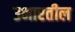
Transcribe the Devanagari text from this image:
उभारतील